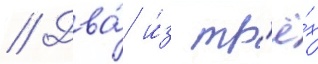
// Два́ и́з тр'ё́х